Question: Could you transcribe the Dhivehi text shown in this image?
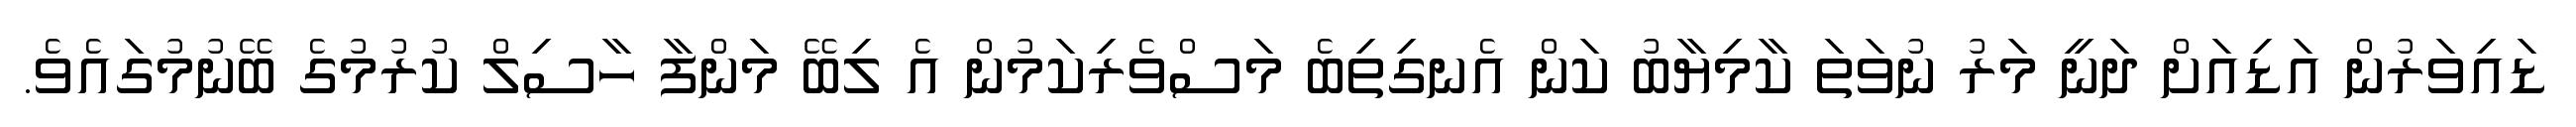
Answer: ޑައިވަރުން އަޑިއަށް ދަނީ މަރު ނުވަތަ ކާމިޔާބު ކަން އެނގިތިބެ މަސްވެރިކަމުން އެ ލިބޭ މަންފާ ހާސިލް ކުރުމުގެ ބޭނުމުގައެވެ.